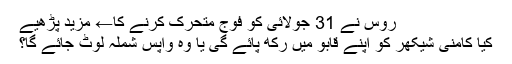
روس نے 31 جولائی کو فوج متحرک کرنے کا← مزید پڑھیے
کیا کامنی شیکھر کو اپنے قابو میں رکھ پائے گی یا وہ واپس شملہ لوٹ جائے گا؟